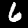
Digit: 6